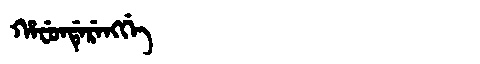
Manchu: ᡥᠠᠸᡠᠨᡩᡝᡵᡝᠩᡤᡝ
Romanization: HAFUNDERENGGE